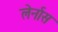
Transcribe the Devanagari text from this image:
लेर्नास